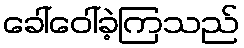
ခေါ်ဝေါ်ခဲ့ကြသည်